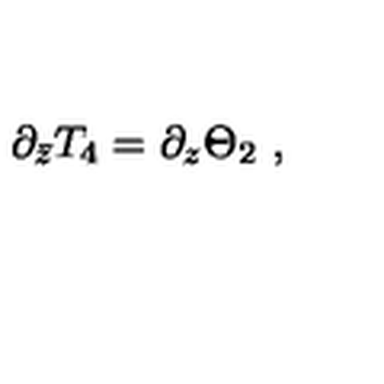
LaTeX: \partial _ { \bar { z } } T _ { 4 } = \partial _ { z } \Theta _ { 2 } \ ,